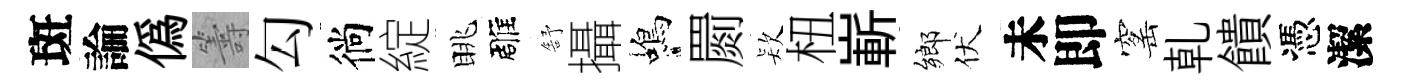
斑論偽籌勾徜綻眺雕舒攝蝎罽𣣇杻嶄鄉伏未即窰乹饋憑潔